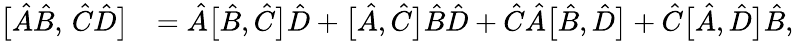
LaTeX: \begin{array}{rl}{\bigl[\hat{A}\hat{B},\, \hat{C}\hat{D}\bigr]}&{=\hat{A}\bigl[\hat{B},\hat{C}\bigr]\hat{D}+\bigl[\hat{A},\hat{C}\bigr]\hat{B}\hat{D}+\hat{C}\hat{A}\bigl[\hat{B},\hat{D}\bigr]+\hat{C}\bigl[\hat{A},\hat{D}\bigr]\hat{B},}\end{array}